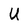
Character: U